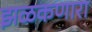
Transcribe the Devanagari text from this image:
झळकणारा